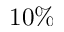
1 0 \%